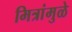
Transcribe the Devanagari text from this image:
मित्रांमुळे